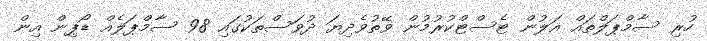
ހުރި ސާމްޕަލްތައް އަލުން ޓެސްޓްކުރުމުން ވޭތުވެދިޔަ ދުވަސްތަކުގައި 98 ސާމްޕަލެއް ޑޯޕިން އިން